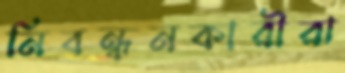
নিবন্ধনকারীরা